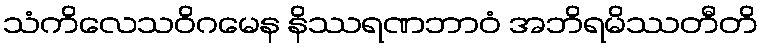
သံကိလေသဝိဂမေန နိဿရဏဘာဝံ အဘိရမိဿတီတိ